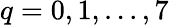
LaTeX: q=0,1,...,7